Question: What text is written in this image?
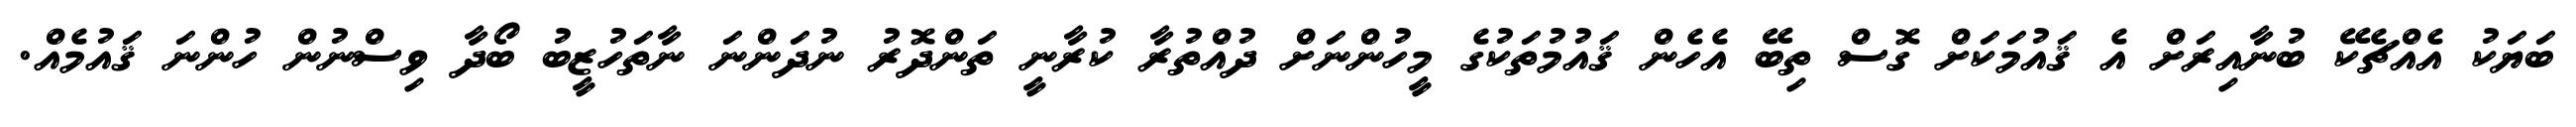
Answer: ބަޔަކު އެއްޗެކޭ ބުނާއިރަށް އެ ޤައުމަކަށް ގޮސް ތިބޭ އެހެން ޤައުމުތަކުގެ މީހުންނަށް ދުއްތުރާ ކުރާނީ ތަންދޮރު ނުދަންނަ ނާތަހުޒީބު ބޯދާ ވިސްނުން ހުންނަ ޤައުމެއް.